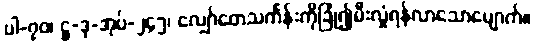
ပါ-၇၀၊ ဋ္ဌ-ဒု-အုပ်-၂၄၅၊ လျှော်တေသင်္ကန်းကိုခြုံ၍မီးလှုံရန်လာသောမျောက်။